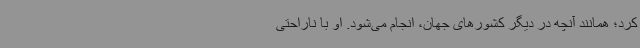
کرد؛ همانند آنچه در دیگر کشورهای جهان، انجام می‌شود. او با ناراحتی